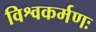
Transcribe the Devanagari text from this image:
विश्वकर्मणः